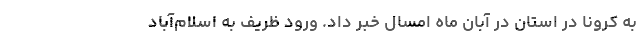
به کرونا در استان در آبان ماه امسال خبر داد. ورود ظریف به اسلام‌آباد